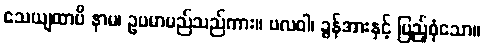
သေယျထာပိ နာမ၊ ဥပမာမည်သည်ကား။ ဗလဝါ၊ ခွန်အားနှင့် ပြည့်စုံသော။